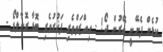
ކުޅެން ފެށޭނީ އޭރުން ދޯ! - ޢިއްޒަތްތެރި ފަޚުރުވެރި ބޮޑާ ރޮނާލްޑޯ -